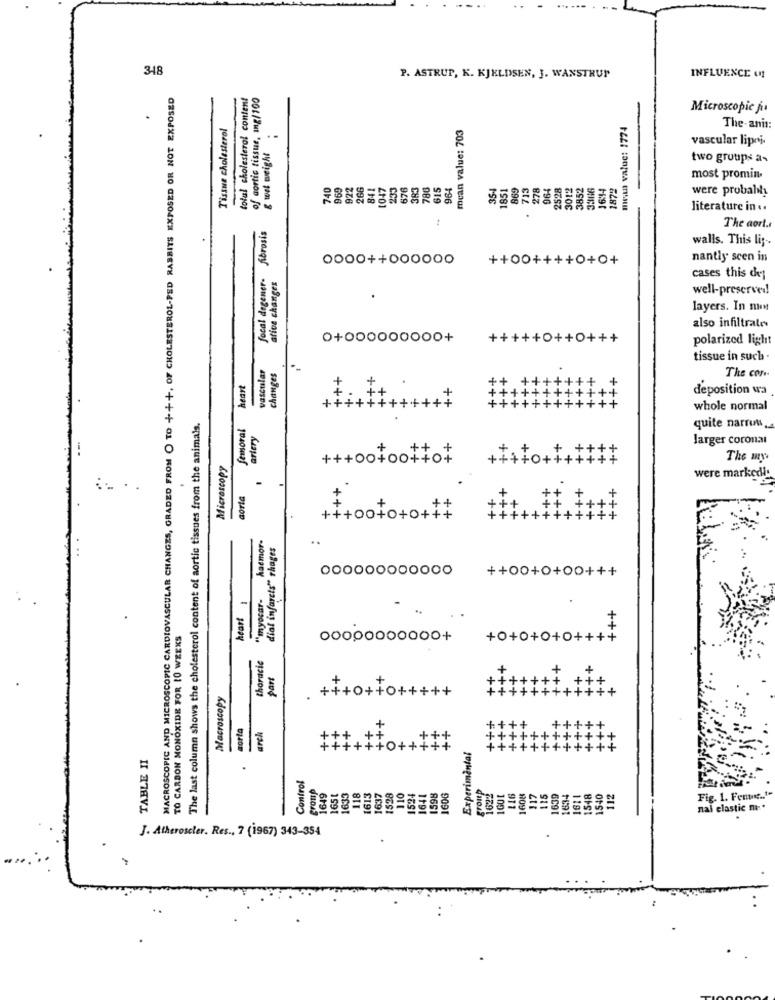
318
INFLUENCE 01
P. ASTRUP, K. KJELDSEN, J. WANSTRUP
MACROSCOPIC AND MICROSCOPIC CARDIOVASCULAR CHANGES, GRADED FROM O TO +++, OF CHOLESTEROL-PED RABBITS EXPOSED OR NOT EXPOSED
total cholesterol content
of aortic tissue, ing/100
Microscopic ju
Tissue cholesterol
g wel weight .
mean value: 703
mean value: 1774
The- anis:
vascular lipri-
two groups a-
740
969
922
266
841
1047
233
676
383
780
615
964
354
1851
869
278
964
2528
3012
3852
3366
16:14
1872
most promin.
were probably
literature in ..
focal degener- fibrosis
The aort ..
walls. This li ;-.
0000++000000
++00++++0+0+
nantly scen in
ative changes
cases this det
well-preserved!
.
layers. In mm
also infiltrate
0+000000000+
+++++0++0+++
polarized light
tissue in such .
vascular
changes
The core
heart
deposition wa
++++++++++++
whole normal
The last column shows the cholesterol content of aortic tissues from the animals.
femoral
artery
quite narrow,
larger corona
Microscopy
+++00400+404
The my
-
+++
were markedi.
toria
+++00+0+0+##
haemor.
dial infarcts" rhages
000000000000
++00+0+00+++
heart 1
"myocar-
++
TO CARBON MONOXIDE FOR 10 WEEKS
00000000000+
+0+0+0+0++++
thoracic
part
Macroscopy
+++0++0+++++
+++
sorta
arch
++
+++
Experimental
TABLE II
++0+++++
Control
649
1651
1633
118
1613
1637
1528
110
1524
641
1598
60G
1622
IGOL
1608
117
115
1639
1634
548
1540
112
Fig. 1. Fener .. ".
911
119
nal elastic m.
J. Atheroscler, Res ., 7 (1967) 343-354
.